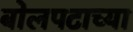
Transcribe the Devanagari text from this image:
बोलपटाच्या